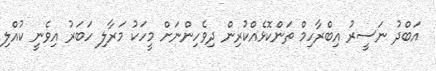
އަބްދު ނަސީރު އިބްރާހިމް ތަންކޮޅެއްކުރިން ދިވެހިންނަށް މީހަކު މަރާލި ހަބަރު އިވެނީ ކުއްލި